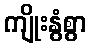
ကျိုးနွံစွာ